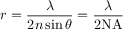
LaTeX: r = { \frac { \lambda } { 2 n \sin { \theta } } } = { \frac { \lambda } { 2 \mathrm { N A } } }